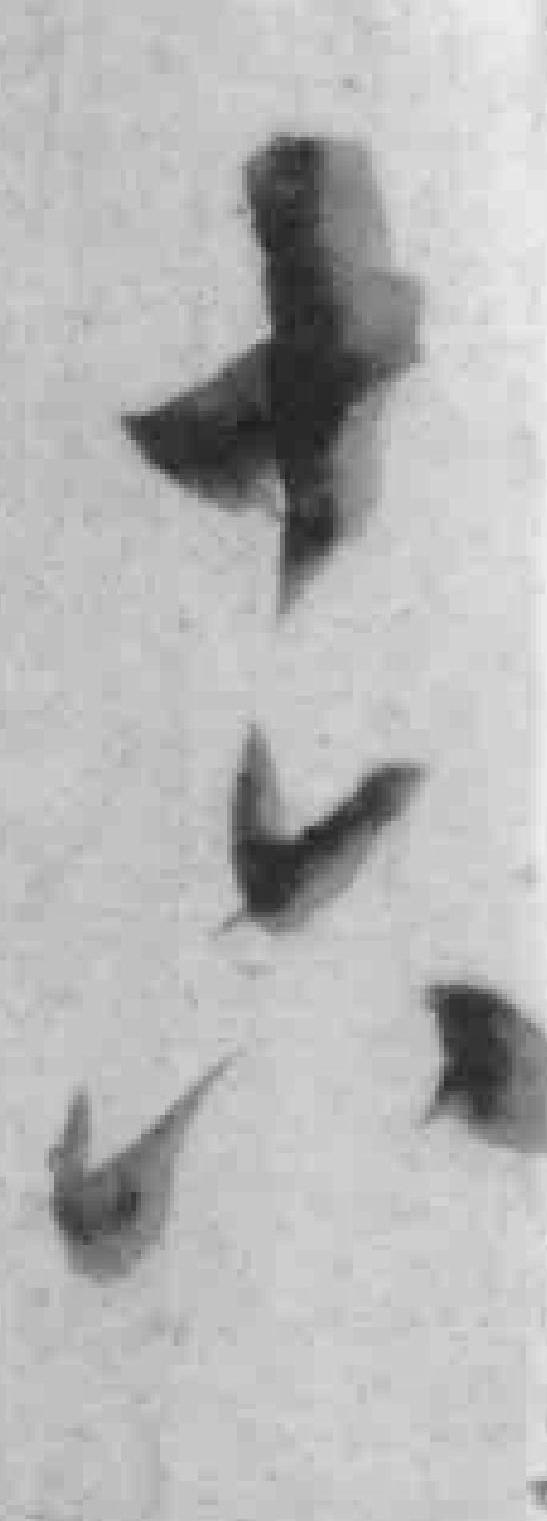
十六